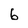
Character: 6